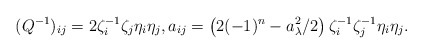
\begin{align*}(Q^{-1})_{ij}=2\zeta_i^{-1}\zeta_j\eta_i\eta_j,a_{ij}=\left(2(-1)^n-a_\lambda^2/2\right)\zeta_i^{-1}\zeta_j^{-1}\eta_i\eta_j.\end{align*}